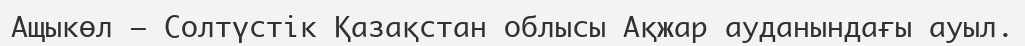
Ащыкөл – Солтүстік Қазақстан облысы Ақжар ауданындағы ауыл.